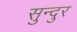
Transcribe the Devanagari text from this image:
सुन्दुर